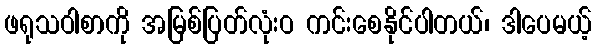
ဖရုသဝါစာကို အမြစ်ပြတ်လုံးဝ ကင်းစေနိုင်ပါတယ်၊ ဒါပေမယ့်